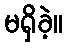
မရှိခဲ့။